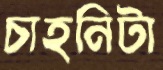
চাহনিটা